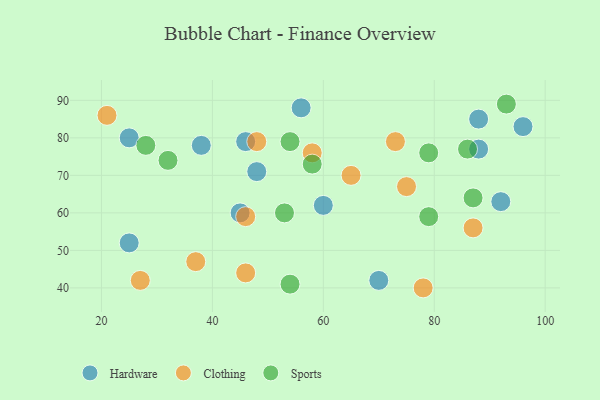
{"axis": {"x": "GDP", "y": "Life Expectancy"}, "legend": ["Clothing", "Hardware", "Sports"], "data": [{"x": "88", "y": 85, "type": "Hardware"}, {"x": "25", "y": 52, "type": "Hardware"}, {"x": "92", "y": 63, "type": "Hardware"}, {"x": "70", "y": 42, "type": "Hardware"}, {"x": "96", "y": 83, "type": "Hardware"}, {"x": "46", "y": 79, "type": "Hardware"}, {"x": "38", "y": 78, "type": "Hardware"}, {"x": "56", "y": 88, "type": "Hardware"}, {"x": "48", "y": 71, "type": "Hardware"}, {"x": "60", "y": 62, "type": "Hardware"}, {"x": "88", "y": 77, "type": "Hardware"}, {"x": "25", "y": 80, "type": "Hardware"}, {"x": "45", "y": 60, "type": "Hardware"}, {"x": "65", "y": 70, "type": "Clothing"}, {"x": "73", "y": 79, "type": "Clothing"}, {"x": "58", "y": 76, "type": "Clothing"}, {"x": "27", "y": 42, "type": "Clothing"}, {"x": "21", "y": 86, "type": "Clothing"}, {"x": "87", "y": 56, "type": "Clothing"}, {"x": "46", "y": 44, "type": "Clothing"}, {"x": "75", "y": 67, "type": "Clothing"}, {"x": "37", "y": 47, "type": "Clothing"}, {"x": "46", "y": 59, "type": "Clothing"}, {"x": "78", "y": 40, "type": "Clothing"}, {"x": "48", "y": 79, "type": "Clothing"}, {"x": "32", "y": 74, "type": "Sports"}, {"x": "28", "y": 78, "type": "Sports"}, {"x": "53", "y": 60, "type": "Sports"}, {"x": "86", "y": 77, "type": "Sports"}, {"x": "58", "y": 73, "type": "Sports"}, {"x": "54", "y": 79, "type": "Sports"}, {"x": "93", "y": 89, "type": "Sports"}, {"x": "79", "y": 59, "type": "Sports"}, {"x": "79", "y": 76, "type": "Sports"}, {"x": "87", "y": 64, "type": "Sports"}, {"x": "54", "y": 41, "type": "Sports"}]}